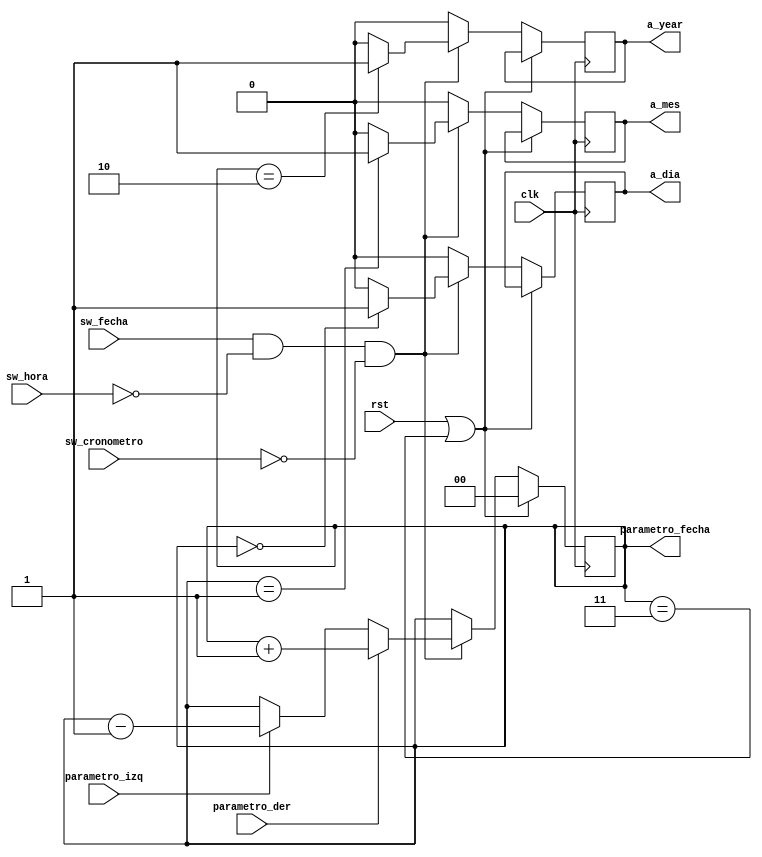
`timescale 1ns / 1ps

module Cont_ajuste_fecha( 
    input clk,
    input rst,
	 input sw_hora, input sw_fecha, input sw_cronometro,
    input parametro_der,
    input parametro_izq,
	 output reg a_dia, a_mes, a_year,
    output reg [1:0] parametro_fecha// 2 bits para elegir entre hora, minutos y segundos
    );
initial begin  a_dia=1'b0; a_mes=1'b0; a_year=1'b0; end



 always @(posedge clk /*or posedge rst*/)   //se cummple cuando hay un flanco positivo en el clk y el rst
 begin
	if (rst || parametro_fecha==2'd3 )
		 parametro_fecha <= 2'b0;    // si reset esta activo pone la salida en 1  
	else if (sw_fecha==1 && sw_hora==0 && sw_cronometro==0)begin
		if (parametro_der ) begin //condicion que se cumple si se aumenta cuenta y no hay un dato previamente guardado del pulsador para evitar rebote 
			 parametro_fecha <= parametro_fecha + 2'b1; //aumenta cuenta
			  end   //guarda para el antirrebote
		else if (parametro_izq ) begin   //condicion que se cumple si se disminuye cuenta y no hay un dato previamente guardado del pulsador para evitar rebote 
			 parametro_fecha <= parametro_fecha - 2'b1;      //se disminuye cuenta
			  end        //guarda para el antirrebote
		else begin

			 parametro_fecha <= parametro_fecha; end
if (parametro_fecha==2'd0) a_dia <=1'b1; else a_dia <=1'b0;
if (parametro_fecha==2'd1) a_mes <=1'b1; else a_mes <=1'b0;
if (parametro_fecha==2'd2) a_year <=1'b1; else a_year <=1'b0;  end
else begin a_dia <=1'b0; a_mes <=1'b0; a_year <=1'b0; parametro_fecha <= parametro_fecha; end end
endmodule